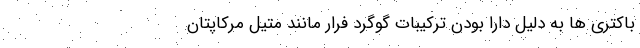
باکتری ها به دلیل دارا بودن ترکیبات گوگرد فرار مانند متیل مرکاپتان